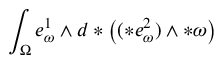
\int _ { \Omega } e _ { \omega } ^ { 1 } \wedge d \ast \big ( ( \ast e _ { \omega } ^ { 2 } ) \wedge \ast \omega \big )